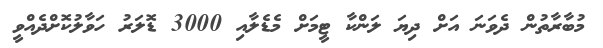
މުބާރާތުން ދެވަނަ އަށް ދިޔަ ލަންކާ ޓީމަށް މެޑެލާއި 3000 ޑޮލަރު ހަވާލުކޮށްދެއްވީ